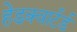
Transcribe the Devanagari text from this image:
हेडक्वार्टर्ड